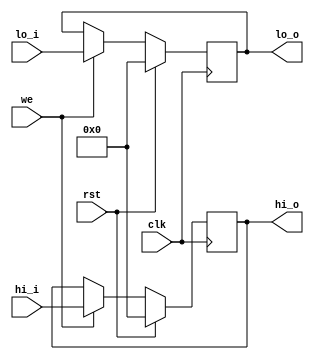
/***************************************
 ********** Andy You Property **********
 ***************************************/


module HILO (clk, rst, we, hi_i, lo_i, hi_o, lo_o);

input  clk, rst, we;
input  [31:0] hi_i, lo_i;

output reg [31:0] hi_o, lo_o;

always @(posedge clk) begin
    if (rst) begin
	hi_o <= 32'h0;
	lo_o <= 32'h0;
    end
    else begin
	if (we) begin
	    hi_o <= hi_i;
	    lo_o <= lo_i;
	end
    end
end

endmodule